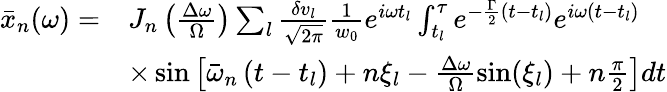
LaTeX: \begin{array}{rl}{\bar{x}_{n}(\omega)=}&{J_{n}\left(\frac{\Delta\omega}{\Omega}\right)\sum_{l}\frac{\delta v_{l}}{\sqrt{2\pi}}\frac{1}{w_{0}}e^{i\omega t_{l}}\int_{t_{l}}^{\tau}e^{-\frac{\Gamma}{2}\left(t-t_{l}\right)}e^{i\omega\left(t-t_{l}\right)}}\\ &{\times\sin\left[\bar{\omega}_{n}\left(t-t_{l}\right)+n\xi_{l}-\frac{\Delta\omega}{\Omega}\sin(\xi_{l})+n\frac{\pi}{2}\right]dt}\end{array}